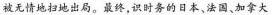
被无情地扫地出局。最终，识时务的日本，法国、加拿大